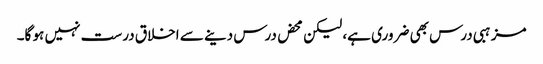
مزہبی درس بھی ضروری ہے، لیکن محض درس دینے سے اخلاق درست نہیں ہو گا۔